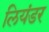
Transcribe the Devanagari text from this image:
लियंडर